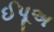
ઈપૂઅ